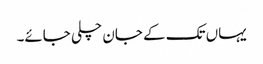
یہاں تک کے جان چلی جائے۔